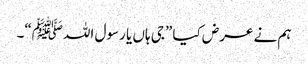
ہم نے عرض کیا ”جی ہاں یا رسول اللہﷺ“۔